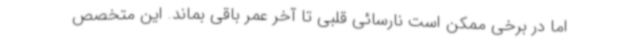
اما در برخی ممکن است نارسائی قلبی تا آخر عمر باقی بماند. این متخصص